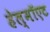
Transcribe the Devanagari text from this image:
हेल्मॉएट